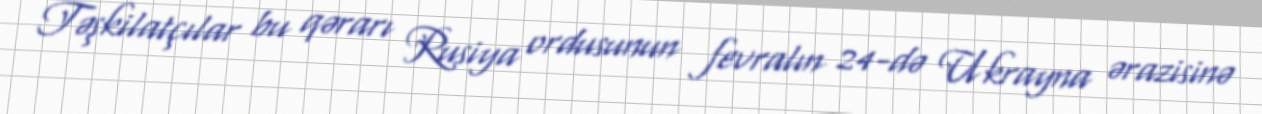
Təşkilatçılar bu qərarı Rusiya ordusunun fevralın 24-də Ukrayna ərazisinə